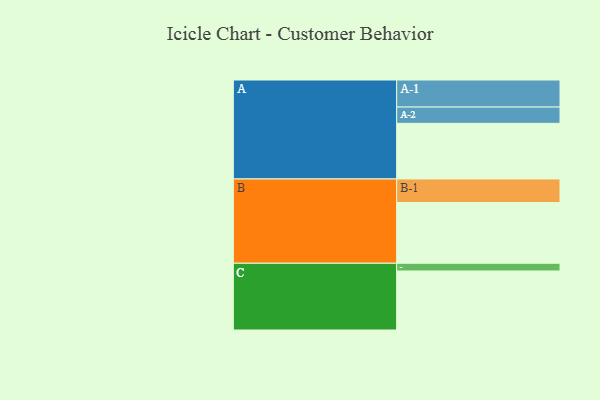
{"axis": {"x": "Segment", "y": "Value"}, "legend": ["", "A", "B", "C"], "data": [{"x": "A", "y": 440, "type": ""}, {"x": "B", "y": 480, "type": ""}, {"x": "C", "y": 467, "type": ""}, {"x": "A-1", "y": 214, "type": "A"}, {"x": "A-2", "y": 129, "type": "A"}, {"x": "B-1", "y": 187, "type": "B"}, {"x": "C-1", "y": 61, "type": "C"}]}